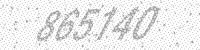
Solution: 865140